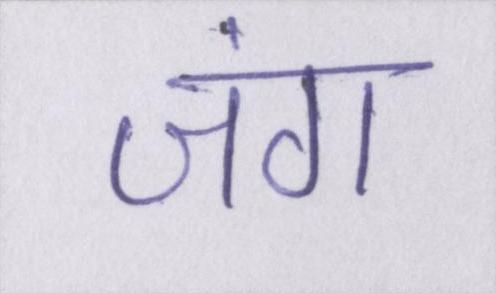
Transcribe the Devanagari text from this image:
जंग